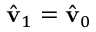
\hat { \mathbf { v } } _ { 1 } = \hat { \mathbf { v } } _ { 0 }